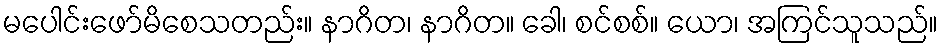
မပေါင်းဖော်မိစေသတည်း။ နာဂိတ၊ နာဂိတ။ ခေါ၊ စင်စစ်။ ယော၊ အကြင်သူသည်။